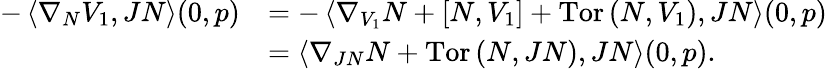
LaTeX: \begin{array}{rl}{-\left\langle\nabla_{N}V_{1},JN\right\rangle(0,p)}&{=-\left\langle\nabla_{V_{1}}N+\left[N,V_{1}\right]+\mathrm{Tor}\left(N,V_{1}\right),JN\right\rangle(0,p)}\\ &{=\left\langle\nabla_{JN}N+\mathrm{Tor}\left(N,JN\right),JN\right\rangle(0,p).}\end{array}